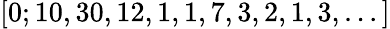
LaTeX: [0;10,30,12,1,1,7,3,2,1,3,...]